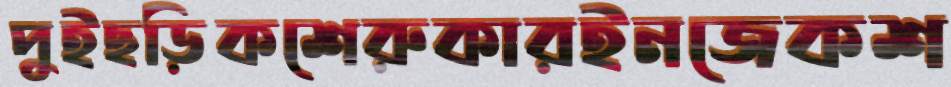
পুইছড়িকশেরুকারইনজেকশ